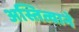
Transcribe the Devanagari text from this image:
अस्तित्वाने